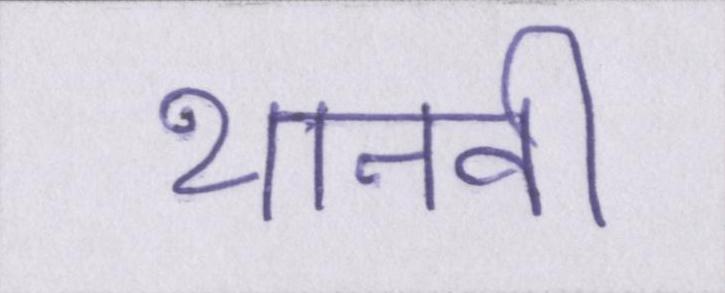
थानवी